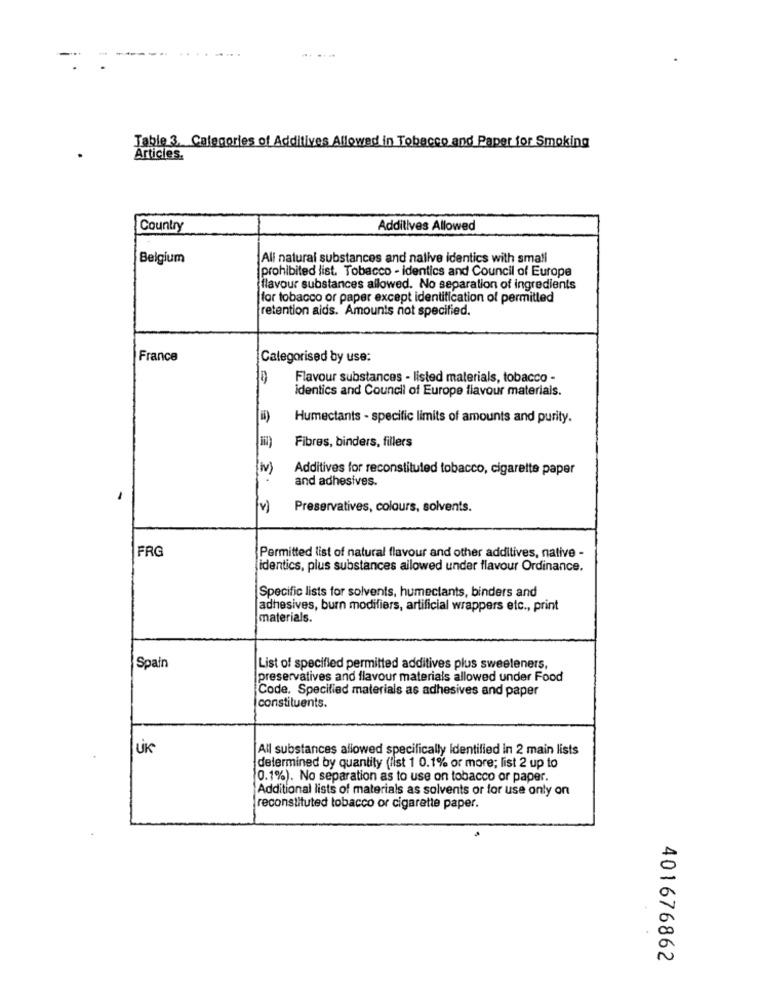
---
...
Table 3. Categories of Additives Allowed in Tobacco and Paper for Smoking
Articles.
Country
Additives Allowed
Belgium
All natural substances and nalive identics with small
prohibited list. Tobacco - identics and Council of Europe
flavour substances allowed. No separation of ingredients
for tobacco or paper except identification of permitted
retention aids. Amounts not specified.
France
Categorised by use:
Flavour substances - listed materials, tobacco -
Identics and Council of Europe flavour materials.
Humectants - specific limits of amounts and purity.
Fibres, binders, fillers
tv)
Additives for reconstituted tobacco, cigarette paper
and adhesives.
v)
Preservatives, colours, solvents.
FRG
Permitted list of natural flavour and other additives, native -
identics, plus substances allowed under flavour Ordinance.
Specific lists for solvents, humectants, binders and
adhesives, burn modifiers, artificial wrappers etc ., print
materials.
Spain
List of specified permitted additives plus sweeteners,
preservatives and flavour materials allowed under Food
Code, Specified materials as adhesives and paper
constituents.
All substances allowed specifically Identified in 2 main lists
determined by quantity (list 1 0.1% or more; list 2 up to
0.1%). No separation as to use on tobacco or paper.
Additional lists of materials as solvents or for use only on
reconstituted tobacco or cigarette paper.
401676862